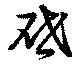
啓